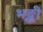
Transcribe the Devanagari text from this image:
भङ्कीं